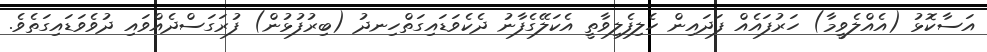
އަސާކޮޅު (އެއްލެވީމާ) ހަރުފައެއް ފަދައިން ހެލިފެލިވާތީ އެކަލޭގެފާނު ދެކެވަޑައިގަތްހިނދު (ބިރުފުޅުން) ފުރަގަަސްދެއްވައި ދުވެވަޑައިގަތެވެ.